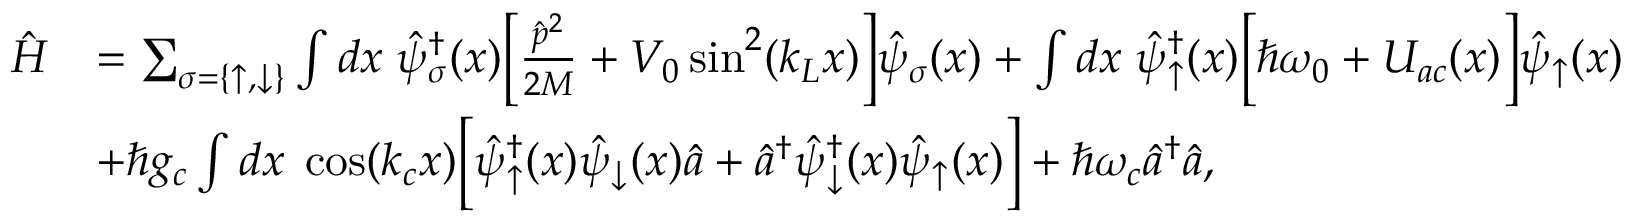
\begin{array} { r l } { \hat { H } } & { = \sum _ { \sigma = \{ \uparrow , \downarrow \} } \int d x \; \hat { \psi } _ { \sigma } ^ { \dag } ( x ) \bigg [ \frac { \hat { p } ^ { 2 } } { 2 M } + V _ { 0 } \sin ^ { 2 } ( k _ { L } x ) \bigg ] \hat { \psi } _ { \sigma } ( x ) + \int d x \; \hat { \psi } _ { \uparrow } ^ { \dag } ( x ) \bigg [ \hbar \omega _ { 0 } + U _ { a c } ( x ) \bigg ] \hat { \psi } _ { \uparrow } ( x ) } \\ & { + \hbar g _ { c } \int d x \; \cos ( k _ { c } x ) \bigg [ \hat { \psi } _ { \uparrow } ^ { \dag } ( x ) \hat { \psi } _ { \downarrow } ( x ) \hat { a } + \hat { a } ^ { \dag } \hat { \psi } _ { \downarrow } ^ { \dag } ( x ) \hat { \psi } _ { \uparrow } ( x ) \bigg ] + \hbar \omega _ { c } \hat { a } ^ { \dag } \hat { a } , } \end{array}